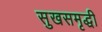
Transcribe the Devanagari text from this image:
सुखसमृद्धी